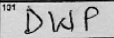
Transcription: DWP